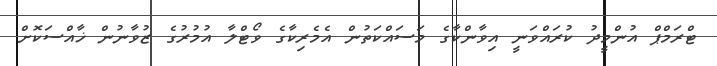
ޓްރަމްޕް އުންމީދު ކުރައްވަނީ އިވާންކާގެ މަސައްކަތުން އެމެރިކާގެ ވޯޓްލާ އުމުރުގެ ޒުވާނުން ޚާއްސަކޮށް